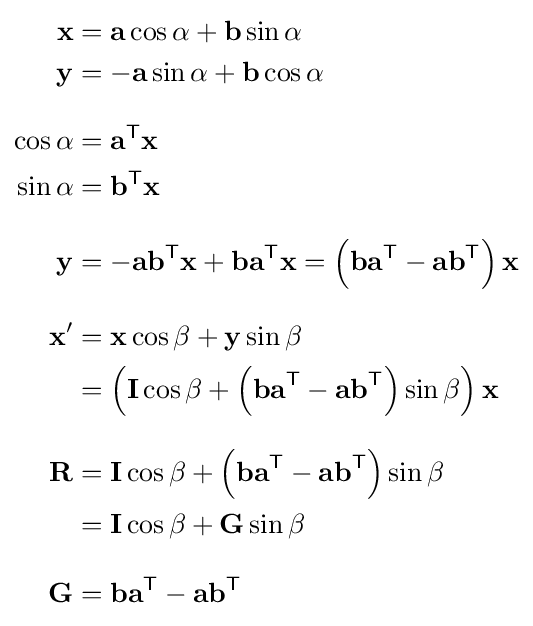
{\begin{aligned}\mathbf {x} &=\mathbf {a} \cos \alpha +\mathbf {b} \sin \alpha \\\mathbf {y} &=-\mathbf {a} \sin \alpha +\mathbf {b} \cos \alpha \\[8pt]\cos \alpha &=\mathbf {a} ^{\mathsf {T}}\mathbf {x} \\\sin \alpha &=\mathbf {b} ^{\mathsf {T}}\mathbf {x} \\[8px]\mathbf {y} &=-\mathbf {ab} ^{\mathsf {T}}\mathbf {x} +\mathbf {ba} ^{\mathsf {T}}\mathbf {x} =\left(\mathbf {ba} ^{\mathsf {T}}-\mathbf {ab} ^{\mathsf {T}}\right)\mathbf {x} \\[8px]\mathbf {x} '&=\mathbf {x} \cos \beta +\mathbf {y} \sin \beta \\&=\left(\mathbf {I} \cos \beta +\left(\mathbf {ba} ^{\mathsf {T}}-\mathbf {ab} ^{\mathsf {T}}\right)\sin \beta \right)\mathbf {x} \\[8px]\mathbf {R} &=\mathbf {I} \cos \beta +\left(\mathbf {ba} ^{\mathsf {T}}-\mathbf {ab} ^{\mathsf {T}}\right)\sin \beta \\&=\mathbf {I} \cos \beta +\mathbf {G} \sin \beta \\[8px]\mathbf {G} &=\mathbf {ba} ^{\mathsf {T}}-\mathbf {ab} ^{\mathsf {T}}\end{aligned}}